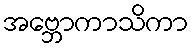
အဗ္ဘောကာသိကာ